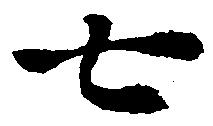
七